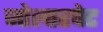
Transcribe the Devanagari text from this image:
जोलारपेट